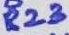
Text: R23